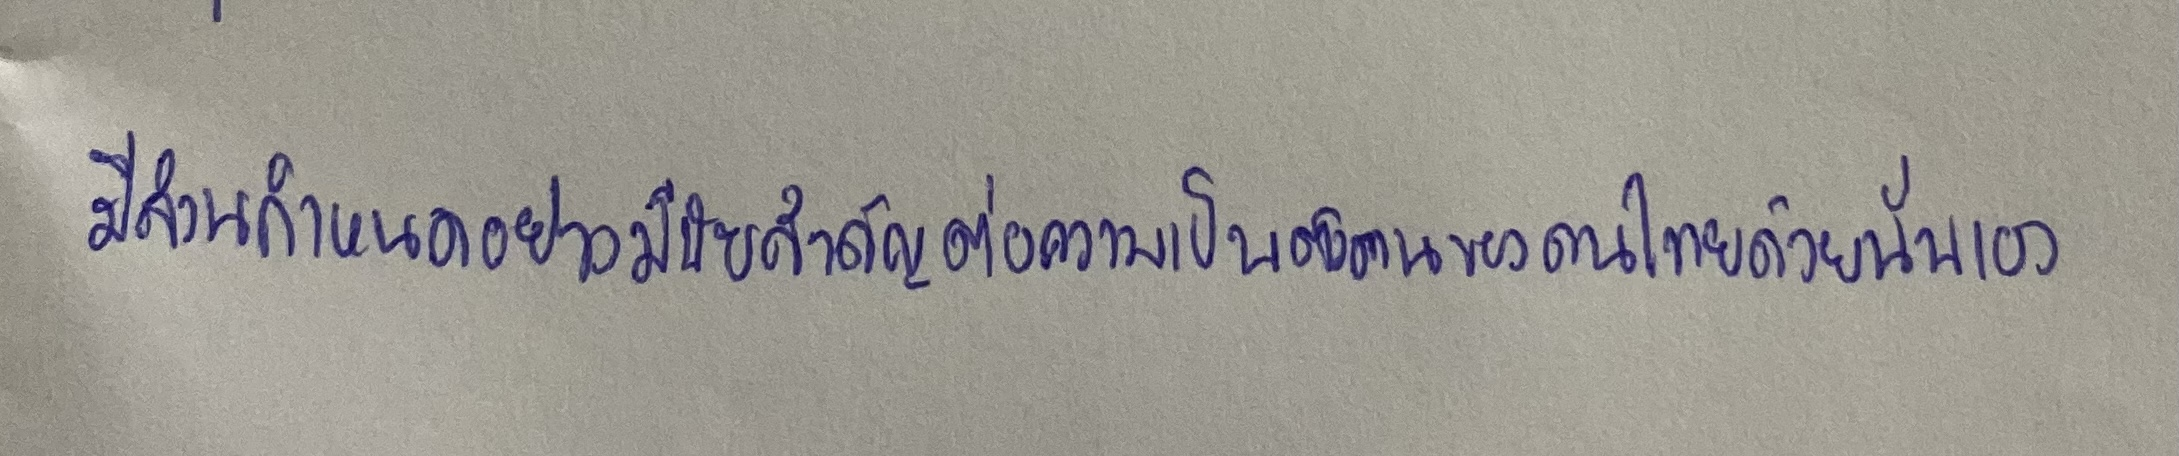
มีส่วนกำหนดอย่างมีนัยสำคัญต่อความเป็นตัวตนของคนไทยด้วยนั่นเอง